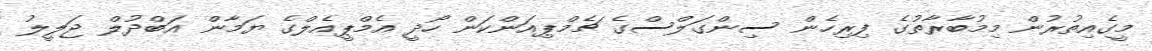
މީގެއިތުރުން މިމުބާރާތުގެ ފިރިހެން ސިންގަލްސްގެ ޗެމްޕިއަންކަން ހޯދީ އެމްޕީއެލްގެ ޔަމާން އަބްދުލް ޖަލީލު